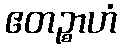
ဧတဉ္စာဟံ